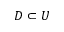
D \subset U